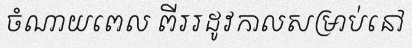
ចំណាយពេល ពីររដូវកាលសម្រាប់នៅ